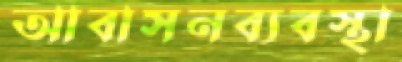
আবাসনব্যবস্থা